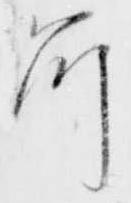
所